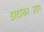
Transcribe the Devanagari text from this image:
डाटाकास्टिंग